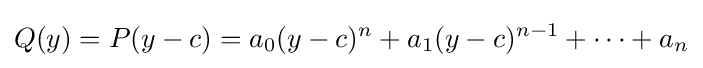
Q(y)=P(y-c)=a_{0}(y-c)^{n}+a_{1}(y-c)^{n-1}+\cdots +a_{n}